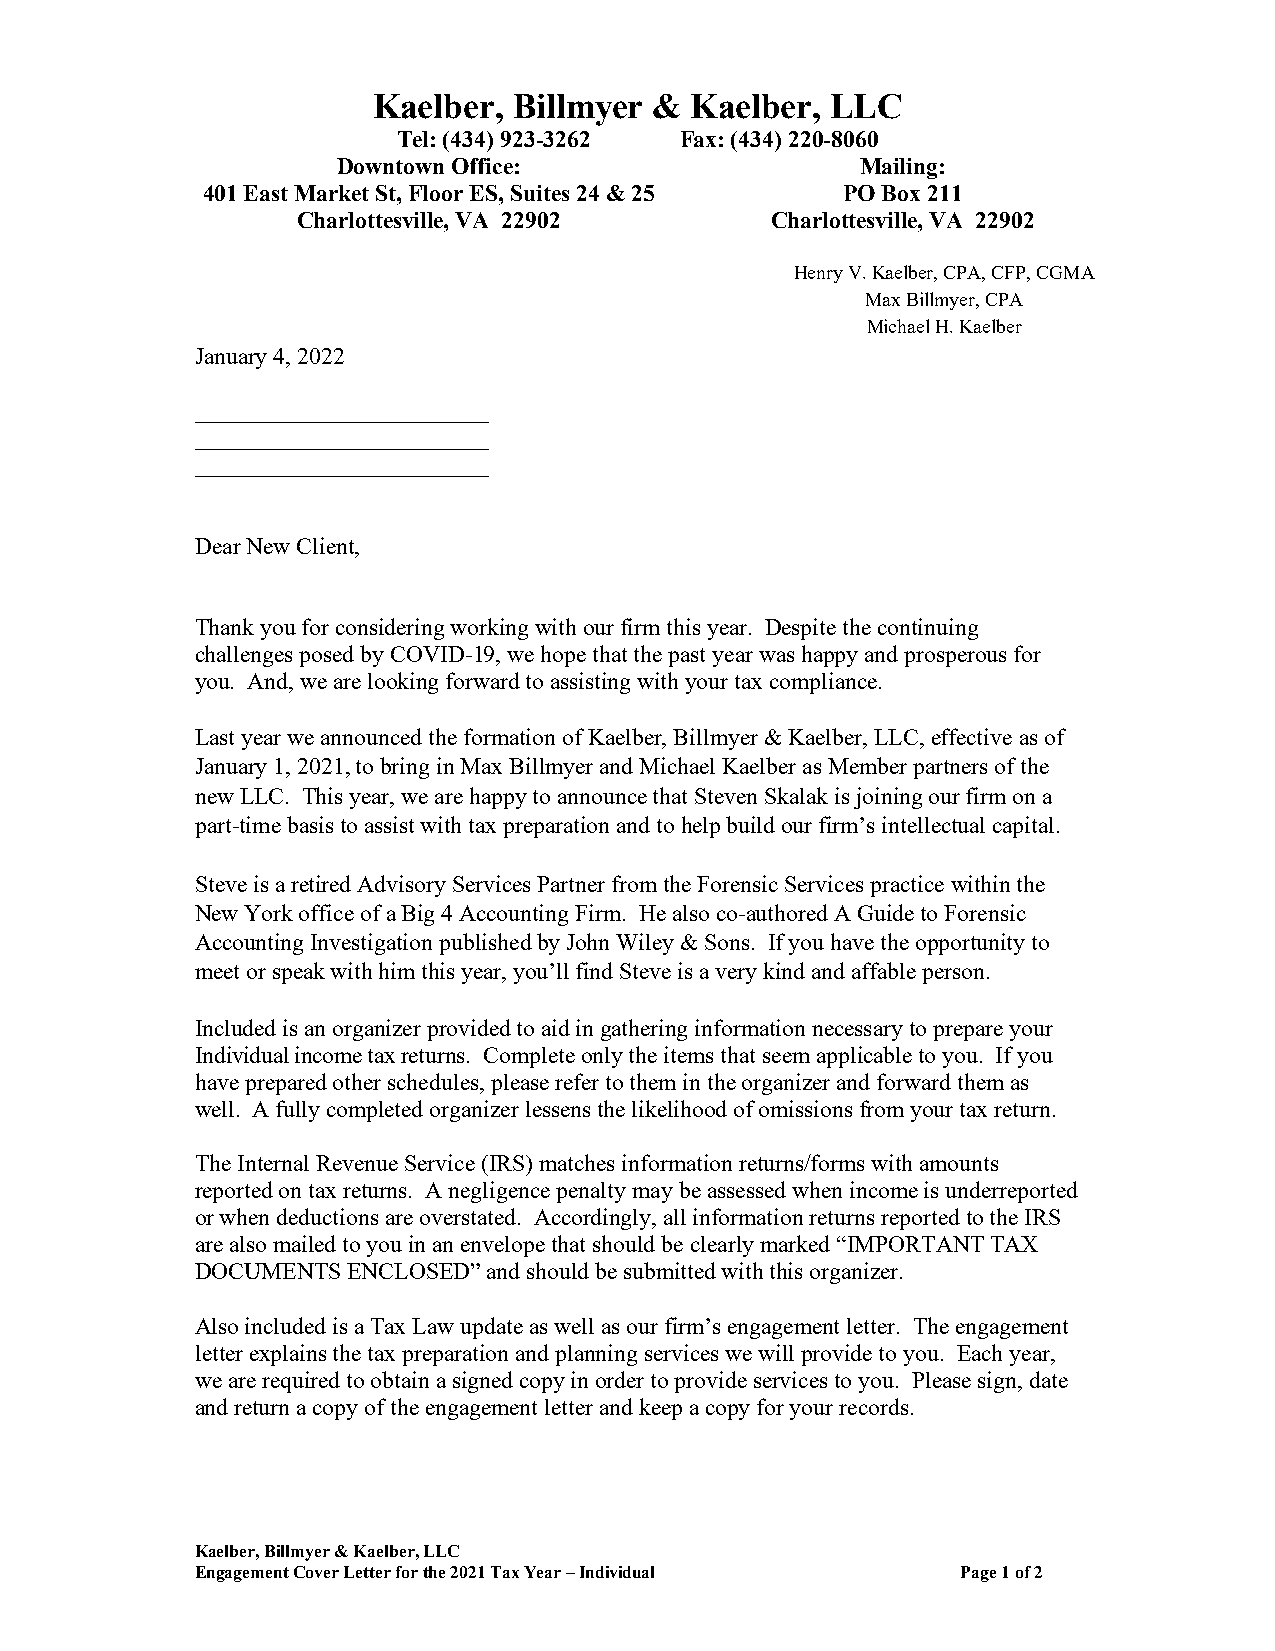
Kaelber, Billmyer &  Kaelber, LLC
 Tel: (434) 923-3262 Fax: (434) 220-8060
 Downtown Office:                   Mailing:
 401 East Market St, Floor ES, Suites 24 & 25 PO Box 211
 Charlottesville, VA 22902      Charlottesville, VA 22902
 Henry V. Kaelber, CPA, CFP, CGMA
 Max Billmyer, CPA
 Michael H. Kaelber
 January 4, 2022
 _________________________
 _________________________
 _________________________
 Dear New Client,
 Thank you for considering working with our firm this year. Despite the continuing
 challenges posed by COVID-19, we hope that the past year was happy and prosperous for
 you. And, we are looking forward to assisting with your tax compliance.
 Last year we announced the formation of Kaelber, Billmyer & Kaelber, LLC, effective as of
 January 1, 2021, to bring in Max Billmyer and Michael Kaelber as Member partners of the
 new LLC. This year, we are happy to announce that Steven Skalak is joining our firm on a
 part-time basis to assist with tax preparation and to help build our firm’s intellectual capital.
 Steve is a retired Advisory Services Partner from the Forensic Services practice within the
 New York office of a Big 4 Accounting Firm. He also co-authored A Guide to Forensic
 Accounting Investigation published by John Wiley & Sons. If you have the opportunity to
 meet or speak with him this year, you’ll find Steve is a very kind and affable person.
 Included is an organizer provided to aid in gathering information necessary to prepare your
 Individual income tax returns. Complete only the items that seem applicable to you. If you
 have prepared other schedules, please refer to them in the organizer and forward them as
 well. A fully completed organizer lessens the likelihood of omissions from your tax return.
 The Internal Revenue Service (IRS) matches information returns/forms with amounts
 reported on tax returns. A negligence penalty may be assessed when income is underreported
 or when deductions are overstated. Accordingly, all information returns reported to the IRS
 are also mailed to you in an envelope that should be clearly marked “IMPORTANT TAX
 DOCUMENTS ENCLOSED” and should be submitted with this organizer.
 Also included is a Tax Law update as well as our firm’s engagement letter. The engagement
 letter explains the tax preparation and planning services we will provide to you. Each year,
 we are required to obtain a signed copy in order to provide services to you. Please sign, date
 and return a copy of the engagement letter and keep a copy for your records.
 Kaelber, Billmyer & Kaelber, LLC
 Engagement Cover Letter for the 2021 Tax Year – Individual Page 1 of 2